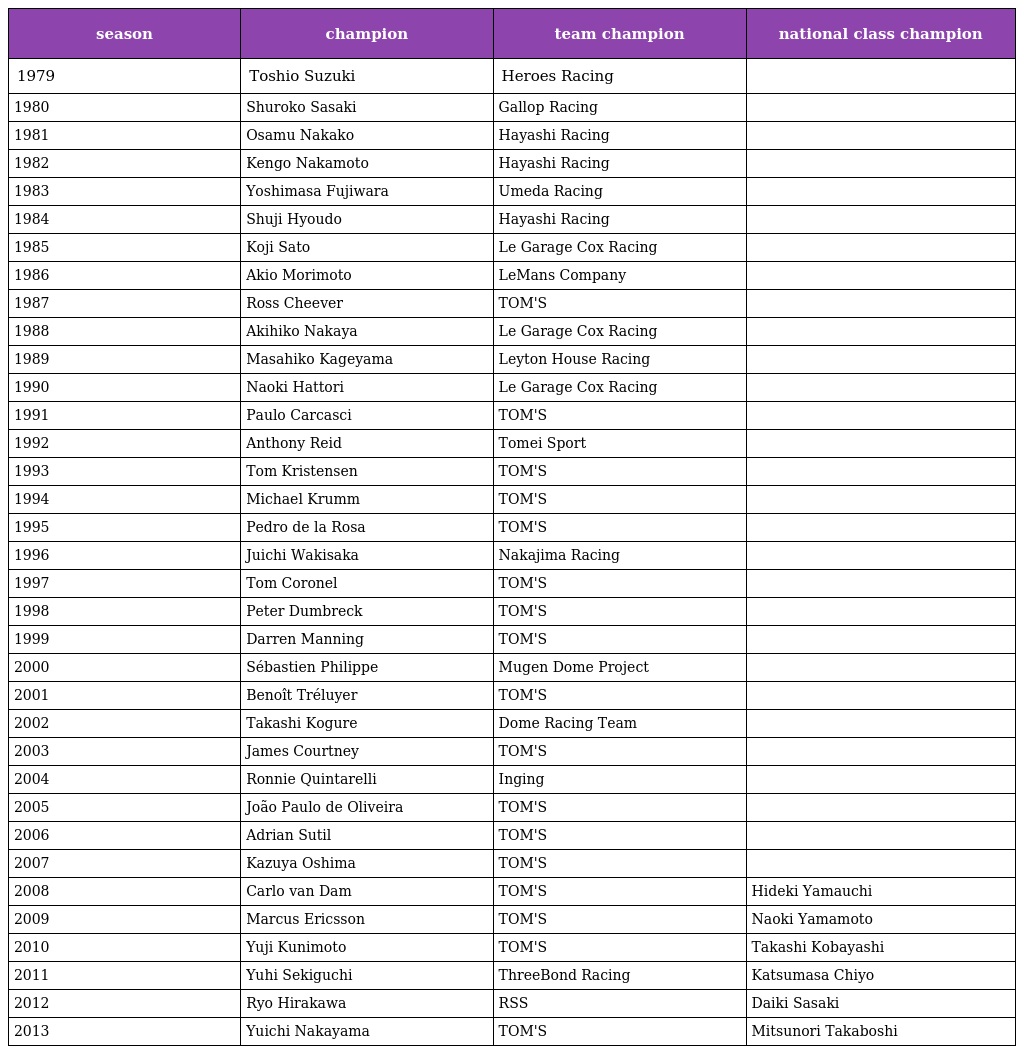
| season | champion | team champion | national class champion |
 | --- | --- | --- | --- |
 | 1979 | Toshio Suzuki | Heroes Racing |  |
 | 1980 | Shuroko Sasaki | Gallop Racing |  |
 | 1981 | Osamu Nakako | Hayashi Racing |  |
 | 1982 | Kengo Nakamoto | Hayashi Racing |  |
 | 1983 | Yoshimasa Fujiwara | Umeda Racing |  |
 | 1984 | Shuji Hyoudo | Hayashi Racing |  |
 | 1985 | Koji Sato | Le Garage Cox Racing |  |
 | 1986 | Akio Morimoto | LeMans Company |  |
 | 1987 | Ross Cheever | TOM'S |  |
 | 1988 | Akihiko Nakaya | Le Garage Cox Racing |  |
 | 1989 | Masahiko Kageyama | Leyton House Racing |  |
 | 1990 | Naoki Hattori | Le Garage Cox Racing |  |
 | 1991 | Paulo Carcasci | TOM'S |  |
 | 1992 | Anthony Reid | Tomei Sport |  |
 | 1993 | Tom Kristensen | TOM'S |  |
 | 1994 | Michael Krumm | TOM'S |  |
 | 1995 | Pedro de la Rosa | TOM'S |  |
 | 1996 | Juichi Wakisaka | Nakajima Racing |  |
 | 1997 | Tom Coronel | TOM'S |  |
 | 1998 | Peter Dumbreck | TOM'S |  |
 | 1999 | Darren Manning | TOM'S |  |
 | 2000 | Sébastien Philippe | Mugen Dome Project |  |
 | 2001 | Benoît Tréluyer | TOM'S |  |
 | 2002 | Takashi Kogure | Dome Racing Team |  |
 | 2003 | James Courtney | TOM'S |  |
 | 2004 | Ronnie Quintarelli | Inging |  |
 | 2005 | João Paulo de Oliveira | TOM'S |  |
 | 2006 | Adrian Sutil | TOM'S |  |
 | 2007 | Kazuya Oshima | TOM'S |  |
 | 2008 | Carlo van Dam | TOM'S | Hideki Yamauchi |
 | 2009 | Marcus Ericsson | TOM'S | Naoki Yamamoto |
 | 2010 | Yuji Kunimoto | TOM'S | Takashi Kobayashi |
 | 2011 | Yuhi Sekiguchi | ThreeBond Racing | Katsumasa Chiyo |
 | 2012 | Ryo Hirakawa | RSS | Daiki Sasaki |
 | 2013 | Yuichi Nakayama | TOM'S | Mitsunori Takaboshi |